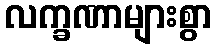
လက္ခဏာများစွာ